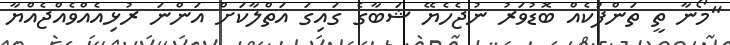
"މޯނާ ތީ ތަންފުކެއް ބޮޑުވަރު ނުޖެހެޔޭ ޝަބާގެ ގައިގަ އަތްލާކަށް އަންނަ ރުޅިއެއްވެއްޖެއްޔާ